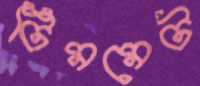
টিমমেট